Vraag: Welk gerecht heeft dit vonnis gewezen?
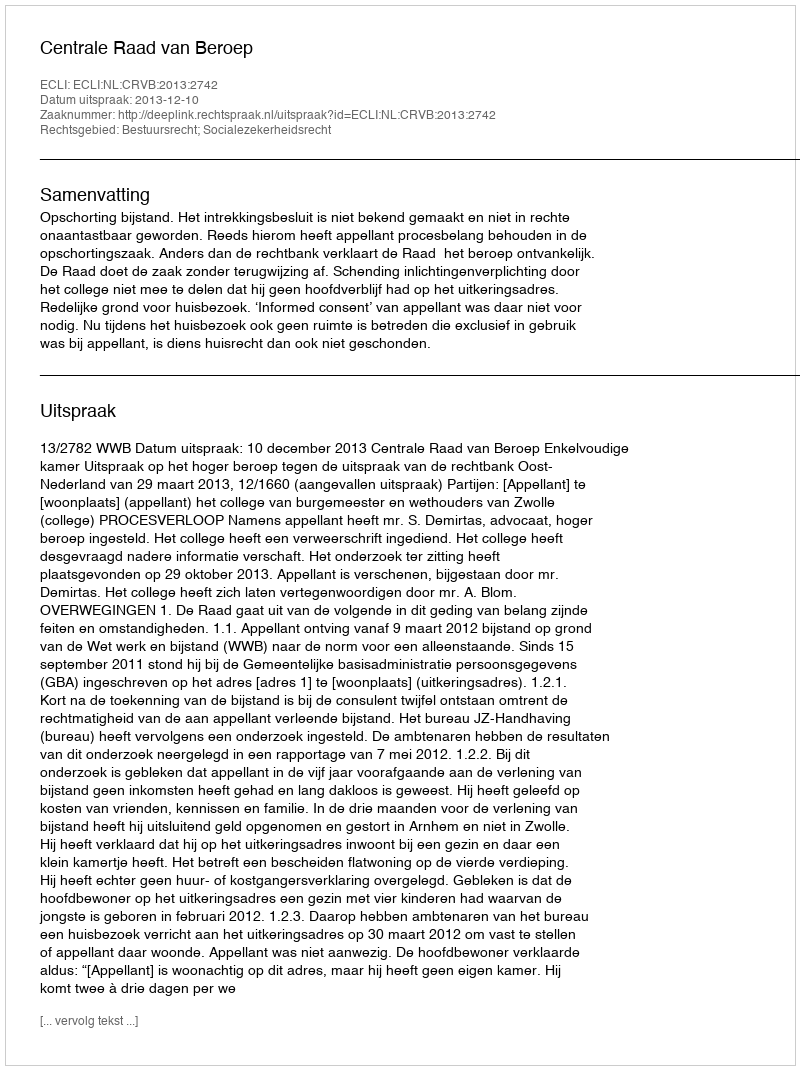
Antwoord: Centrale Raad van Beroep